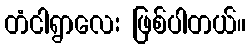
တံငါရွာလေး ဖြစ်ပါတယ်။